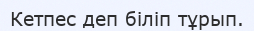
Кетпес деп біліп тұрып.